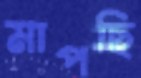
মাপছি